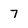
Character: 7